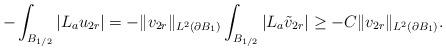
LaTeX: \begin{align*}-\int_{B_{1/2}} |L_a u_{2r}| = -\|v_{2r} \|_{L^2(\partial B_1)} \int_{B_{1/2}} |L_a \tilde v_{2r}| \geq -C\|v_{2r} \|_{L^2(\partial B_1)}.\end{align*}